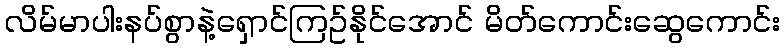
လိမ်မာပါးနပ်စွာနဲ့ရှောင်ကြဥ်နိုင်အောင် မိတ်ကောင်းဆွေကောင်း